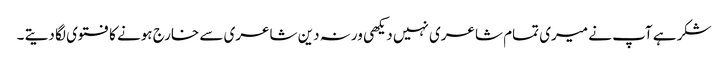
شکر ہے آپ نے میری تمام شاعری نہیں دیکھی ورنہ دین شاعری سے خارج ہونے کا فتوی لگا دیتے ۔